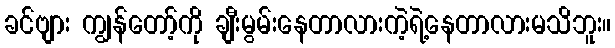
ခင်ဗျား ကျွန်တော့်ကို ချီးမွမ်းနေတာလားကဲ့ရဲ့နေတာလားမသိဘူး။